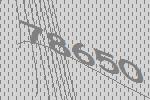
78650